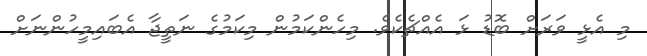
މި އެޅީ ވަރަށް ބޮޑު ޅަ އެއްޗެކެވެ. މިހެންކަމުން މިކަމުގެ ނަތީޖާ އެބައިމީހުންނަށް